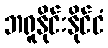
ဘရူနိုင်းနိုင်ငံ